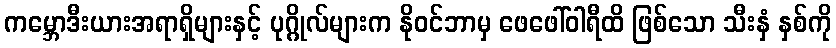
ကမ္ဘောဒီးယားအရာရှိများနှင့် ပုဂ္ဂိုလ်များက နိုဝင်ဘာမှ ဖေဖေါ်ဝါရီထိ ဖြစ်သော သီးနှံ နှစ်ကို